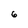
Character: 6